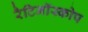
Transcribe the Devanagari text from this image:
रैटिनॉस्कोप